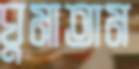
ঘুমাতাম